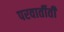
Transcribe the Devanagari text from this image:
परवार्तीती